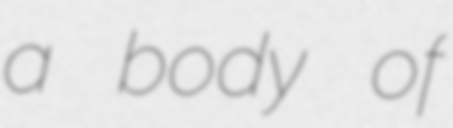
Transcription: a body of